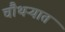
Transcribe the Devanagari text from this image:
चौथऱ्यात